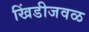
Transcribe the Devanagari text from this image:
खिंडीजवळ